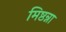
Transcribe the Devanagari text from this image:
मिष्ठन्ना